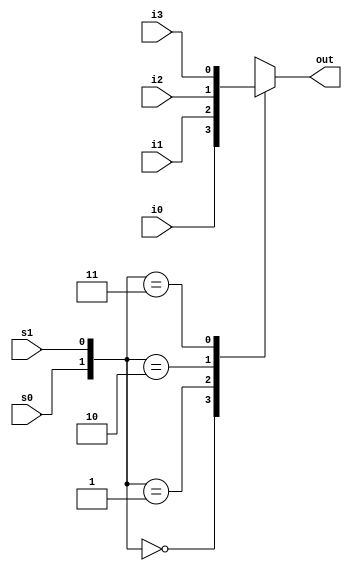
`timescale 1ns / 1ps
//////////////////////////////////////////////////////////////////////////////////
// Company: 
// Engineer: 
// 
// Design Name: 
// Module Name:    mux_4_to_one 
// Project Name: 
// Target Devices: 
// Tool versions: 
// Description: 
//
// Dependencies: 
//
// Revision: 
// Revision 0.01 - File Created
// Additional Comments: 
//
//////////////////////////////////////////////////////////////////////////////////
module mux_4_to_one( i0,i1,i2,i3,s0,s1,out
    );
input i0, i1, i2, i3, s0, s1;
output reg out;
always @(s1 or s0 or i0 or i1 or i2 or i3 )
begin
  case ({s0,s1})
   2'b00 : out = i0;
   2'b01 : out = i1;
   2'b10 : out = i2;
   2'b11 : out = i3;
 default : out = 1'bx;
  endcase
end
endmodule